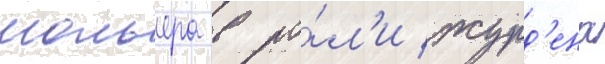
мольера в ро́л'и журд'ена